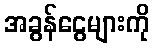
အခွန်ငွေများကို